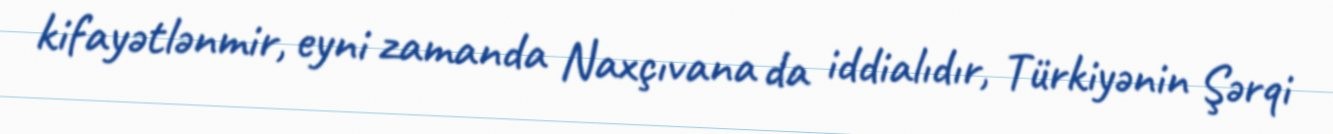
kifayətlənmir, eyni zamanda Naxçıvana da iddialıdır, Türkiyənin Şərqi